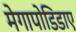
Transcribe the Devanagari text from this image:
मेगापोडिडाए